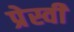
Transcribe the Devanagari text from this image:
प्रेस्वी